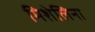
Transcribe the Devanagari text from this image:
मिशेलिना